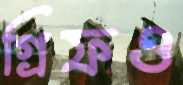
গ্রিফও